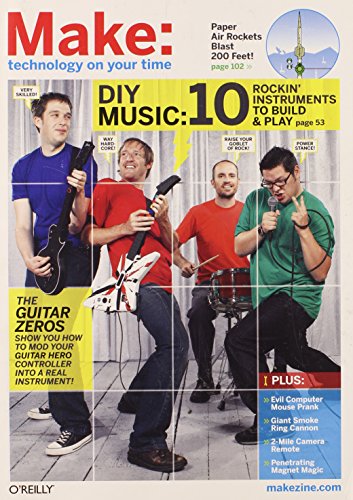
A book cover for Make: Technology on Your Time Volume 15; Computers & Technology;